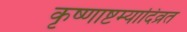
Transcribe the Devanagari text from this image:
कृष्णाष्टम्यादिव्रत